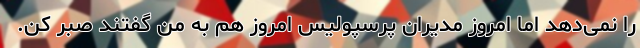
را نمی‌دهد اما امروز مدیران پرسپولیس امروز هم به من گفتند صبر کن.